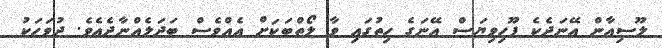
ލޫސިއާން އޭނަދެކެ ފޫހިވިޔަސް އޭނަގެ ހިތުގައި ވާ ލޯތްބަކަށް އެއްވެސް ބަދަލެއްނާދެއެވެ. ދުވަހަކު